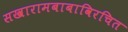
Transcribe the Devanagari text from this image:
सखारामबाबाविरचित